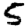
Digit: 5